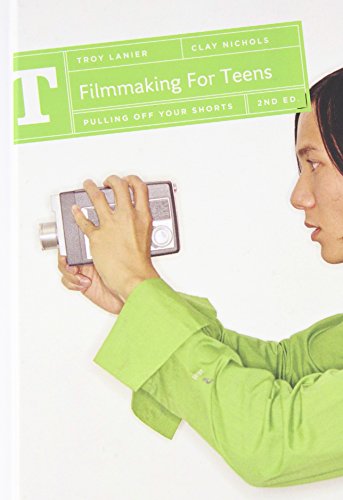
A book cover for Filmmaking for Teens: Pulling Off Your Shorts; Troy Lanier; Teen & Young Adult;